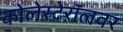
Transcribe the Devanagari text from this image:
कोलेस्टेरॉलवर